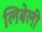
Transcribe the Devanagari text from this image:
लिबेली